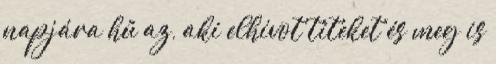
napjára hű az, aki elhívot titeket és meg is